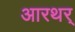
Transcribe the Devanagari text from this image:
आरथर्